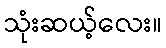
သုံးဆယ့်လေး။